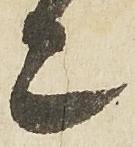
亦